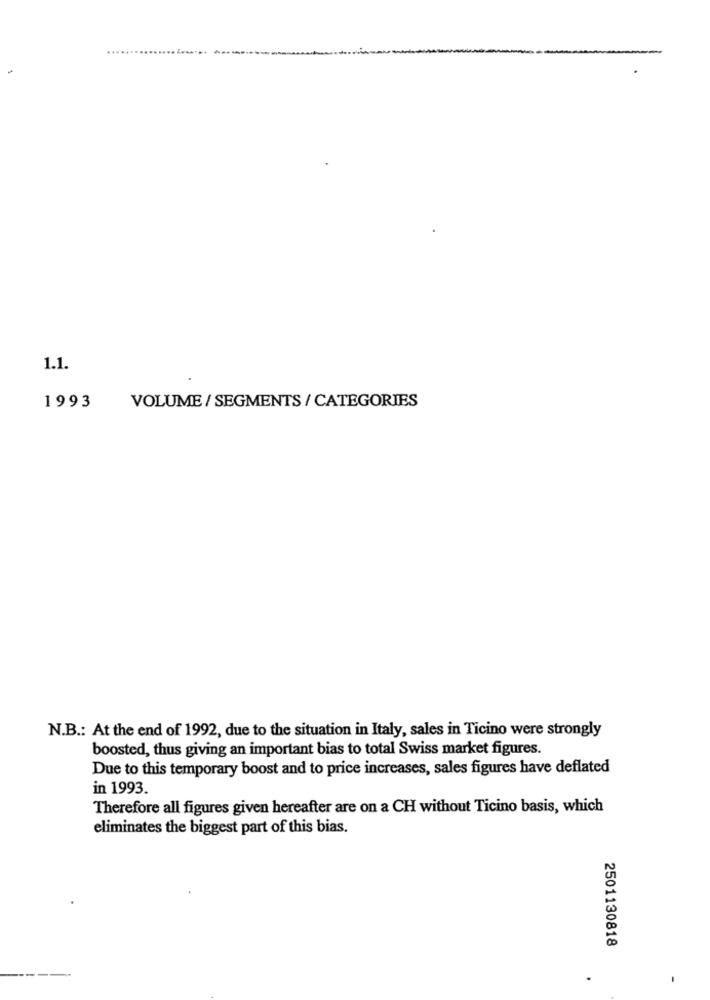
...
1.1.
1993
VOLUME / SEGMENTS / CATEGORIES
N.B .: At the end of 1992, due to the situation in Italy, sales in Ticino were strongly
boosted, thus giving an important bias to total Swiss market figures.
Due to this temporary boost and to price increases, sales figures have deflated
in 1993.
Therefore all figures given hereafter are on a CH without Ticino basis, which
eliminates the biggest part of this bias.
2501130818
.